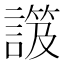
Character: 𧫑